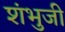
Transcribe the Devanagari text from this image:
शंभुजी